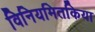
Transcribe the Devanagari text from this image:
विनियमितकिया